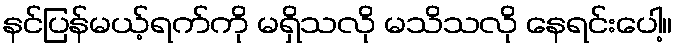
နင်ပြန်မယ့်ရက်ကို မရှိသလို မသိသလို နေရင်းပေါ့။